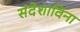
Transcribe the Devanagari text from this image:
संदेशाविना